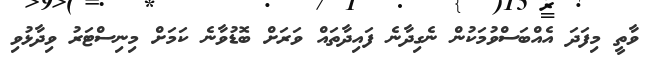
ވާތީ މިފަދަ އެއްބަސްވުމަކުން ނެގިދާނެ ފައިދާތައް ވަރަށް ބޮޑުވާނެ ކަމަށް މިނިސްޓަރު ވިދާޅުވި